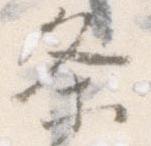
条